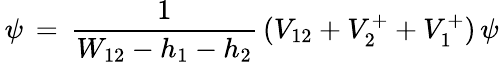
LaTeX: \, \psi\, =\, {\frac{1}{W_{12}-h_{1}-h_{2}}}\, (V_{12}+V_{2}^{+}+V_{1}^{+})\, \psi